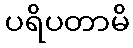
ပရိပတာမိ